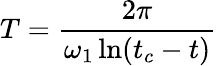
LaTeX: T=\frac{2\pi}{\omega_{1}\ln(t_{c}-t)}